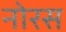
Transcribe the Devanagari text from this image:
नोरस